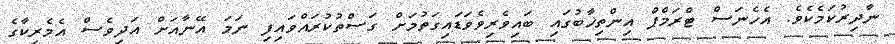
ނާދިރުކަމެކެވެ. އެހެނަސް ޓްރަމްޕް އިންތިޚާބުގައި ބައިވެރިވެވަޑައިގަތުމަށް ގަސްތުކުރައްވައިފި ނަމަ އޭނާއަށް އަދިވެސް އެމެރިކާގެ